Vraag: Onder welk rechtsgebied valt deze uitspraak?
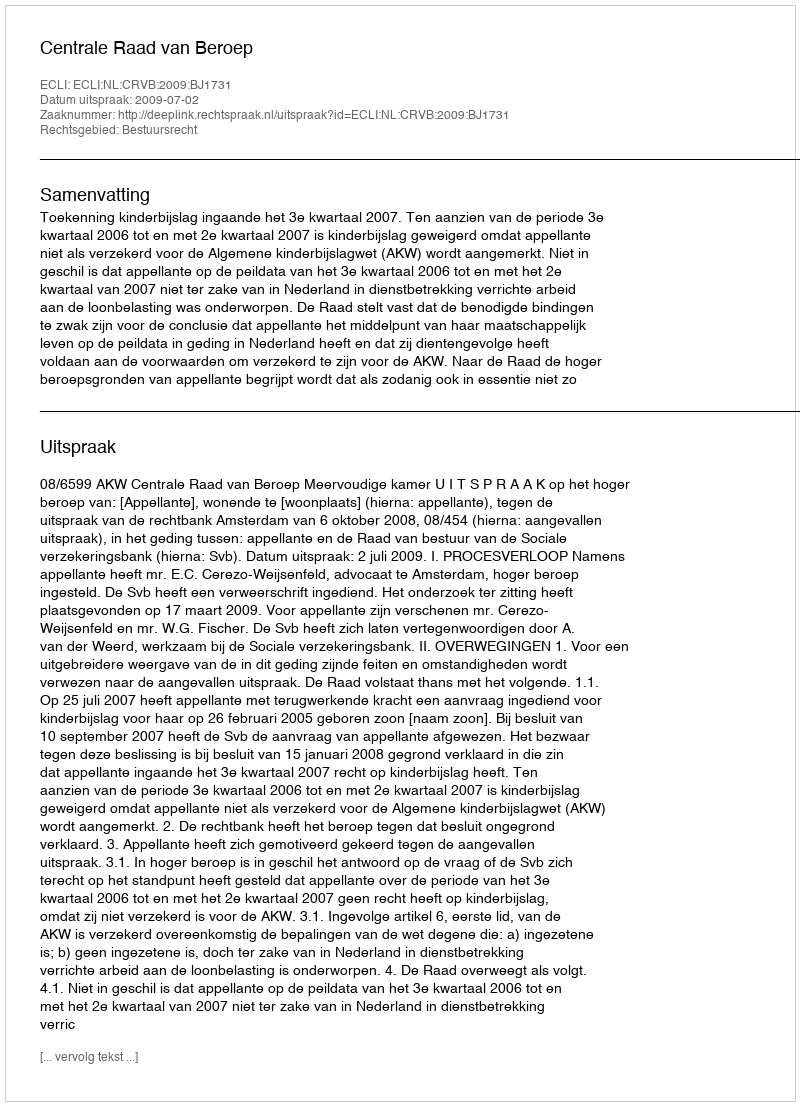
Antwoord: Bestuursrecht